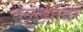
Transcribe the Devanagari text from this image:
तळव्यांवर